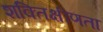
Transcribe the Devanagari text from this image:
शक्तिक्षीणता